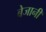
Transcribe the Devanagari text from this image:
बेजानी